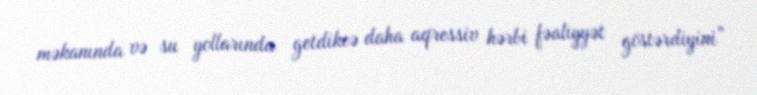
məkanında və su yollarında getdikcə daha aqressiv hərbi fəaliyyət göstərdiyini”